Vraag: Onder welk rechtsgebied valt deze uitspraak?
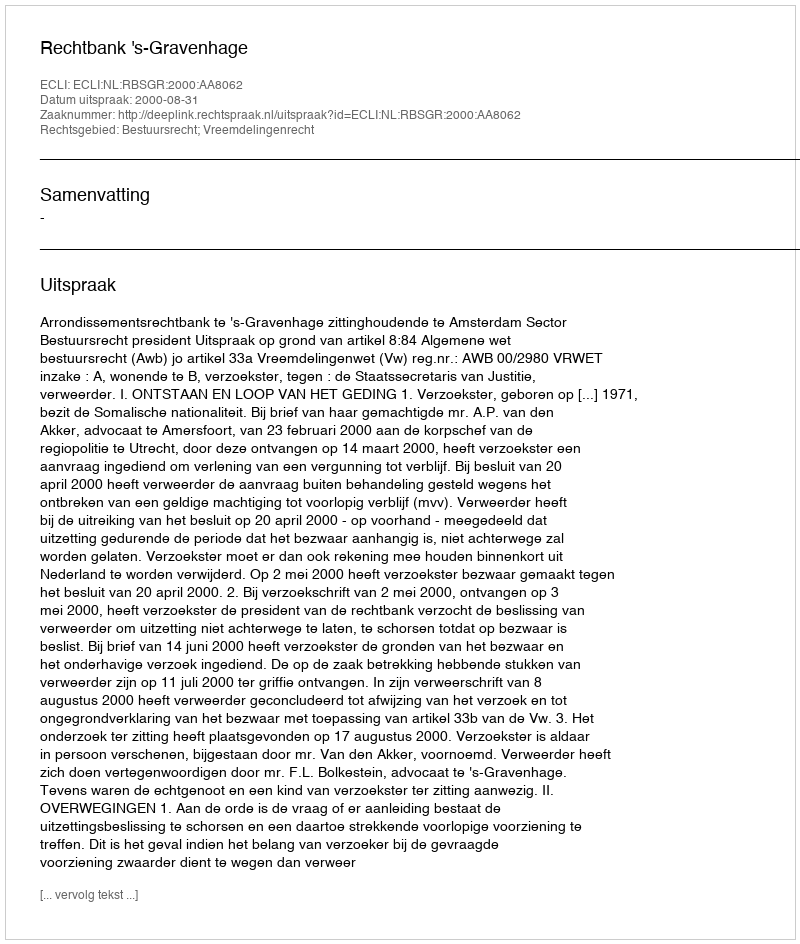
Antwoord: Bestuursrecht; Vreemdelingenrecht